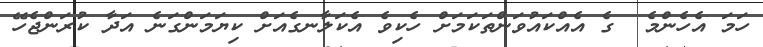
ހަމަ އެހެންމެ  ގެ އެއްކައުވަންތަކަމަށް ހެކިވެ އެކަލާނގެއަށް ކިޔަމަންގަނެ އަދާ ކުރަންޖެހޭ